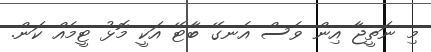
މި ނަތީޖާ އިން ވެސް އެނގޭ ބާޓޭ އަކީ މޮޅު ޓީމެއް ކަން.